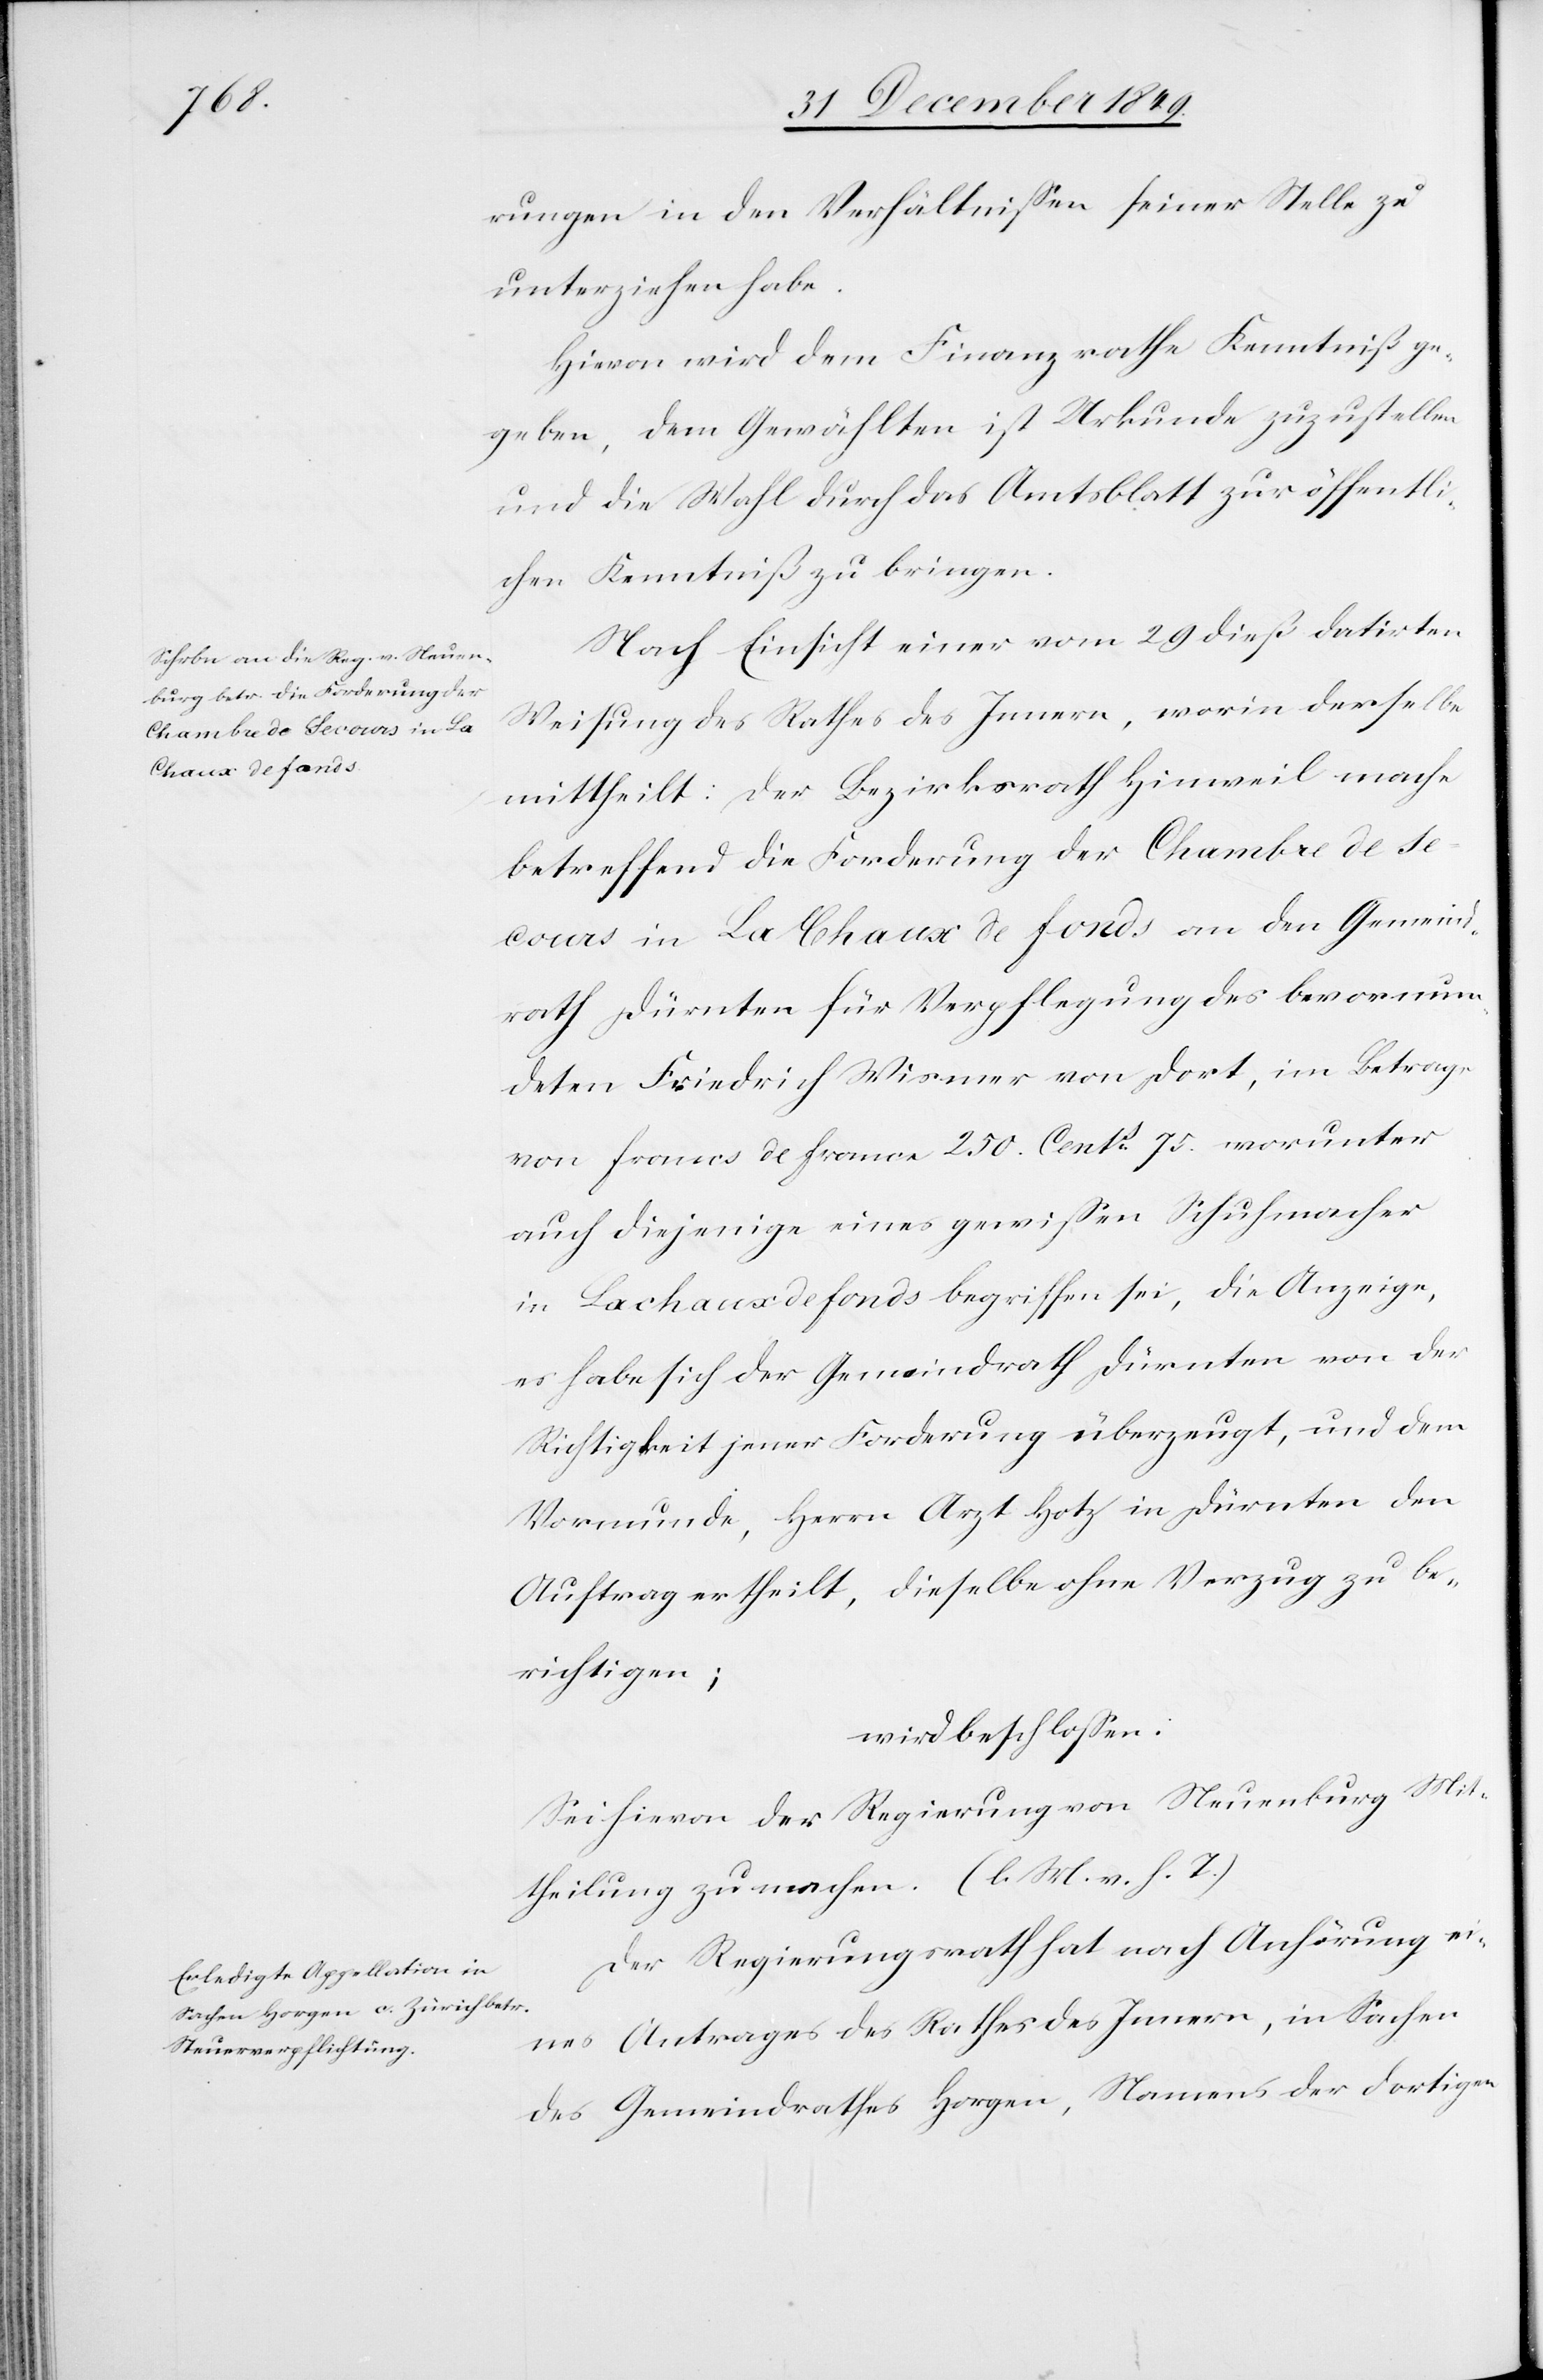
rungen in den Verhältnißen seiner Stelle zu
unterziehen habe.
Hievon wird dem Finanzrathe Kenntniß ge¬
geben, dem Gewählten ist Urkunde zuzustellen
und die Wahl durch das Amtsblatt zur öffentli¬
chen Kenntniß zu bringen.
Nach Einsicht einer vom 29 dieß datirten
Weisung des Rathe des Innern, worin derselbe
mittheilt: Der Bezirksrath Hinweil mache
betreffend die Forderung der Chambre de se¬
cours in La Chaux de Fonds an den Gemeind¬
rath Dürnten für Verpflegung des bevormun¬
deten Friedrich Wismer von dort, im Betrage
von francs de france 250. Cents. 75 worunter
auch diejenige eines gewißen Schuhmacher
in La chaux de fonds begriffen sei, die Anzeige,
es habe sich der Gemeindrath Dürnten von der
Richtigkeit jener Forderung überzeugt, und dem
Vormunde, Herrn Arzt Hotz in Dürnten den
Auftrag ertheilt, dieselbe ohne Verzug zu be¬
richtigen;
wird beschloßen:
Sei hievon der Regierung von Neuenburg Mit¬
theilung zu machen. [l. M. v. h. T]
Der Regierungsrath hat nach Anhörung ei¬
nes Antrages des Rathes des Innern, in Sachen
des Gemeindrathes Horgen, Namens der dortigen